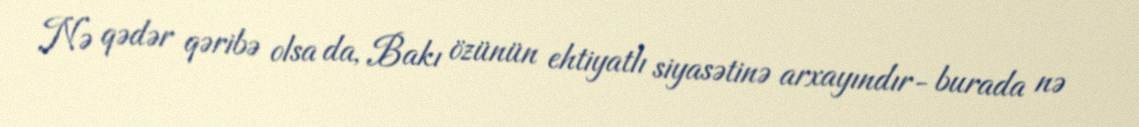
Nə qədər qəribə olsa da, Bakı özünün ehtiyatlı siyasətinə arxayındır- burada nə